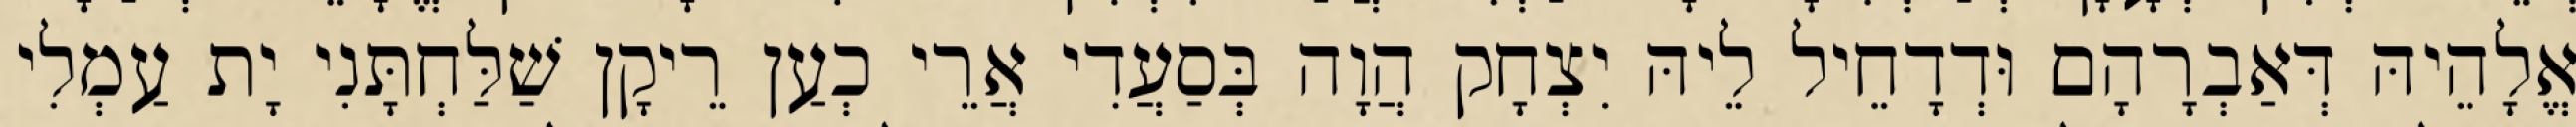
אֱלָהֵיהּ דְּאַבְרָהָם וּדְדָחֵיל לֵיהּ יִצְחָק הֲוָה בְּסַעֲדִי אֲרֵי כְעַן רֵיקָן שַׁלַּחְתָּנִי יָת עַמְלִי